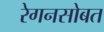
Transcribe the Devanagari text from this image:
रेगनसोबत